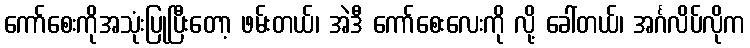
ကော်စေးကိုအသုံးပြုပြီးတော့ ဖမ်းတယ်၊ အဲဒီ ကော်စေးလေးကို လို့ ခေါ်တယ်၊ အင်္ဂလိပ်လိုက